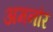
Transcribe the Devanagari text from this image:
अमनौर